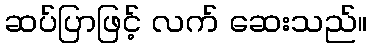
ဆပ်ပြာဖြင့် လက် ဆေးသည်။